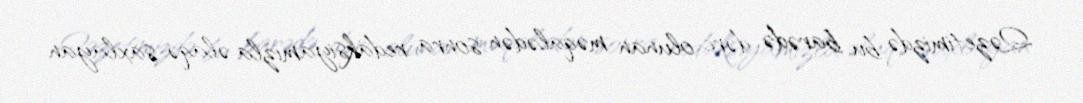
Qəzetimizdə bu barədə dərc olunan məqalədən sonra redaksiyamızla əlaqə saxlayan